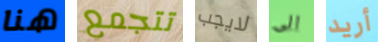
هنا تتجمع لايجب الى أريد